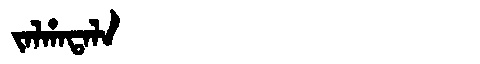
Manchu: ᠵᠠᠯᡥᠠᡨᠠᠯᠠ
Romanization: JALHATALA